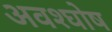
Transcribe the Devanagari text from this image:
अवश्घोष